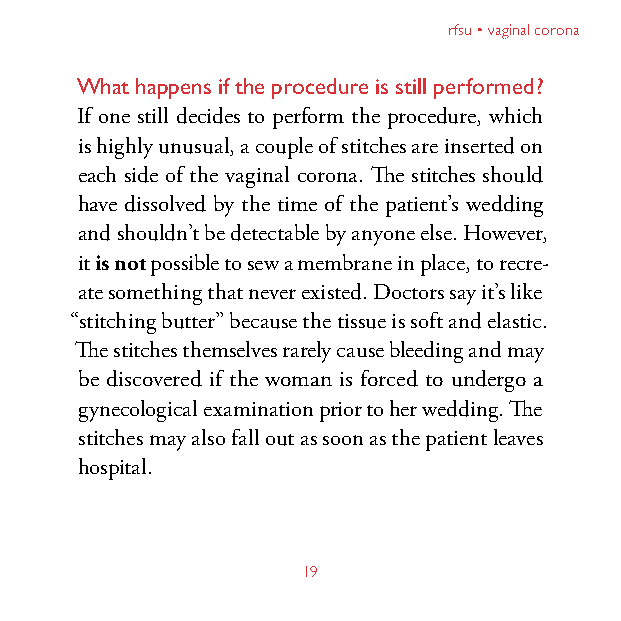
rfsu • vaginal corona
 What happens if the procedure is still performed?
 If one still decides to perform the procedure, which
 is highly unusual, a couple of stitches are inserted on
 each side of the vaginal corona. The stitches should
 have dissolved by the time of the patient’s wedding
 and shouldn’t be detectable by anyone else. However,
 it is not possible to sew a membrane in place, to recre-
 ate something that never existed. Doctors say it’s like
 “stitching butter” because the tissue is soft and elastic.
 The stitches themselves rarely cause bleeding and may
 be discovered if the woman is forced to undergo a
 gynecological examination prior to her wedding. The
 stitches may also fall out as soon as the patient leaves
 hospital.
 19